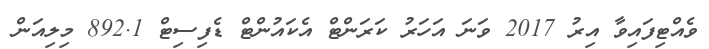
ވެއްޓިފައިވާ އިރު 2017 ވަނަ އަހަރު ކަރަންޓް އެކައުންޓް ޑެފިސިޓް 892.1 މިލިއަން